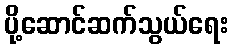
ပို့ဆောင်ဆက်သွယ်ရေး